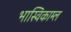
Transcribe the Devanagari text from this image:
भास्विकाम्ल